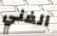
الفني